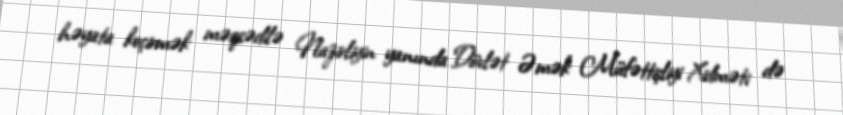
həyata keçirmək məqsədilə Nazirliyin yanında Dövlət Əmək Müfəttişliyi Xidməti də